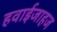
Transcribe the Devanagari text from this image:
हवाईजाहज